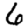
Digit: 6